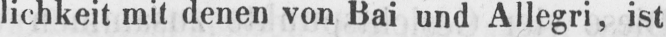
lichkeit mit denen von Bai und Allegri, ist